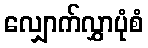
လျှောက်လွှာပုံစံ